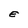
Character: E